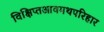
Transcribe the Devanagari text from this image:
विक्षिप्तआवमथपरिहार